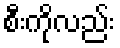
စီးကိုလည်း